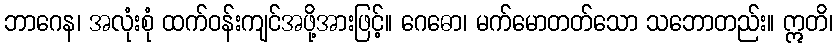
ဘာဂေန၊ အလုံးစုံ ထက်ဝန်းကျင်အဖို့အားဖြင့်။ ဂေဓော၊ မက်မောတတ်သော သဘောတည်း။ ဣတိ၊